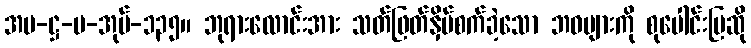
အပ-ဋ္ဌ-ပ-အုပ်-၁၃၅။ ဘုရားလောင်းအား သတ်ဖြတ်နှိပ်စက်ခဲ့သော ဘဝများကို စုပေါင်းပြဆို